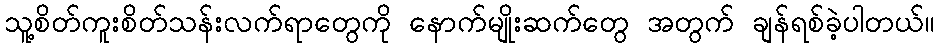
သူ့စိတ်ကူးစိတ်သန်းလက်ရာတွေကို နောက်မျိုးဆက်တွေ အတွက် ချန်ရစ်ခဲ့ပါတယ်။